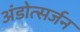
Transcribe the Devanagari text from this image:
अंडोत्सर्जन